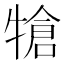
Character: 𤚬